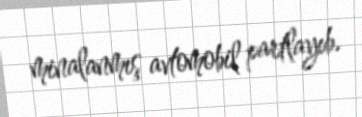
minalanmış avtomobil partlayıb.